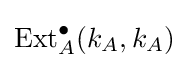
\operatorname {Ext} _{A}^{\bullet }(k_{A},k_{A})